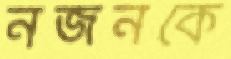
নজনকে